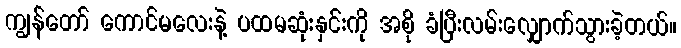
ကျွန်တော် ကောင်မလေးနဲ့ ပထမဆုံးနှင်းကို အစို ခံပြီးလမ်းလျှောက်သွားခဲ့တယ်။